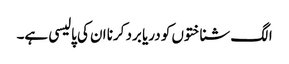
الگ شناختوں کو دریا برد کرنا ان کی پالیسی ہے۔